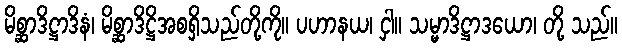
မိစ္ဆာဒိဋ္ဌာဒိနံ၊ မိစ္ဆာဒိဋ္ဌိအစရှိသည်တို့ကို။ ပဟာနယ၊ ငှါ။ သမ္မာဒိဋ္ဌာဒယော၊ တို့ သည်။